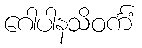
ဂေါပါနသိဝင်္ကံ